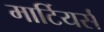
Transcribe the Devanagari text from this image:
मार्टियर्स